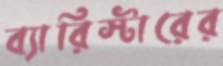
ব্যারিস্টারের